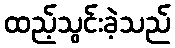
ထည့်သွင်းခဲ့သည်